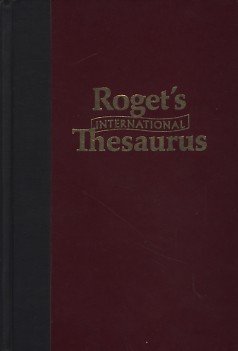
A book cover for ROGET'S INTERNATIONAL THESAURUS. FOURTH EDITION.; R. Chapman; Reference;